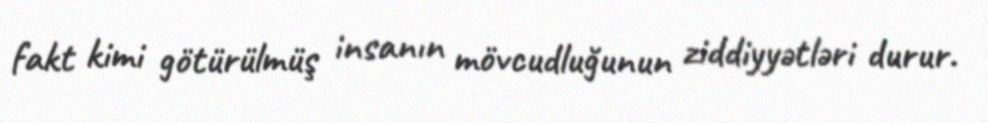
fakt kimi götürülmüş insanın mövcudluğunun ziddiyyətləri durur.